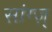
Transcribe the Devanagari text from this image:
सांग्ज़्‌